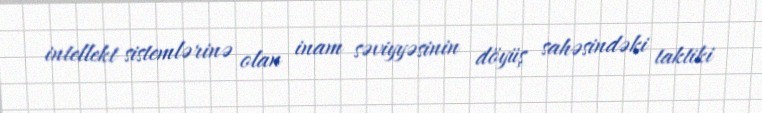
intellekt sistemlərinə olan inam səviyyəsinin döyüş sahəsindəki taktiki